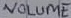
Text: VOLUME